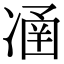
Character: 𠗴